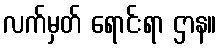
လက်မှတ် ရောင်းရာ ဌာန။